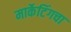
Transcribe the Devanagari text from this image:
मार्केटिंगचा